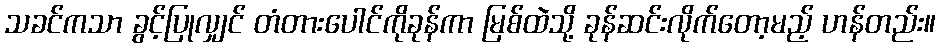
သခင်ကသာ ခွင့်ပြုလျှင် တံတားပေါင်ကိုခုန်ကာ မြစ်ထဲသို့ ခုန်ဆင်းလိုက်တော့မည့် ဟန်တည်း။